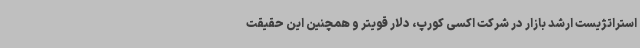
استراتژیست ارشد بازار در شرکت اکسی کورپ، دلار قویتر و همچنین این حقیقت